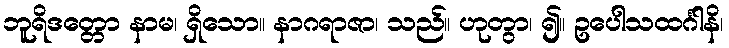
ဘူရိဒတ္တော နာမ၊ ရှိသော။ နာဂရာဇာ၊ သည်။ ဟုတွာ၊ ၍။ ဥပေါသထင်္ဂါနိ၊